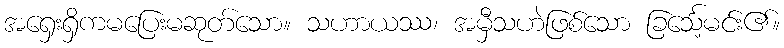
အရှေးရှိကမပြေးမဆုတ်သော။ သဟာယဿ၊ အမှီသဟဲဖြစ်သော ခြင်္သေ့မင်း၏။